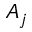
A _ { j }